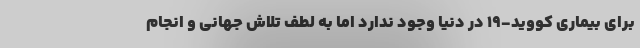
برای بیماری کووید-۱۹ در دنیا وجود ندارد اما به لطف تلاش جهانی و انجام